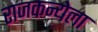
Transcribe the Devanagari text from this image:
राजकन्येला